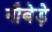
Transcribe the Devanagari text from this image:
नौबेड़े